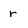
Character: r